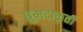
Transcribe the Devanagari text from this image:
घुमटाकृती